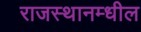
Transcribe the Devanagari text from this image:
राजस्थानम्धील